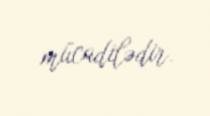
mücadilədir.